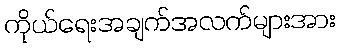
ကိုယ်ရေးအချက်အလက်များအား